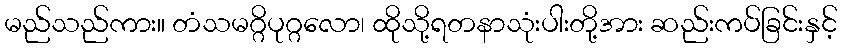
မည်သည်ကား။ တံသမဂ္ဂိပုဂ္ဂလော၊ ထိုသို့ရတနာသုံးပါးတို့အား ဆည်းကပ်ခြင်းနှင့်